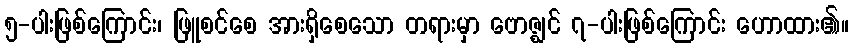
၅-ပါးဖြစ်ကြောင်း၊ ဖြူစင်စေ အားရှိစေသော တရားမှာ ဗောဇ္ဈင် ၇-ပါးဖြစ်ကြောင်း ဟောထား၏။